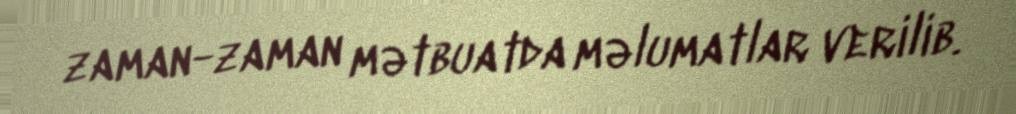
zaman-zaman mətbuatda məlumatlar verilib.